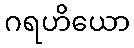
ဂရဟိယော